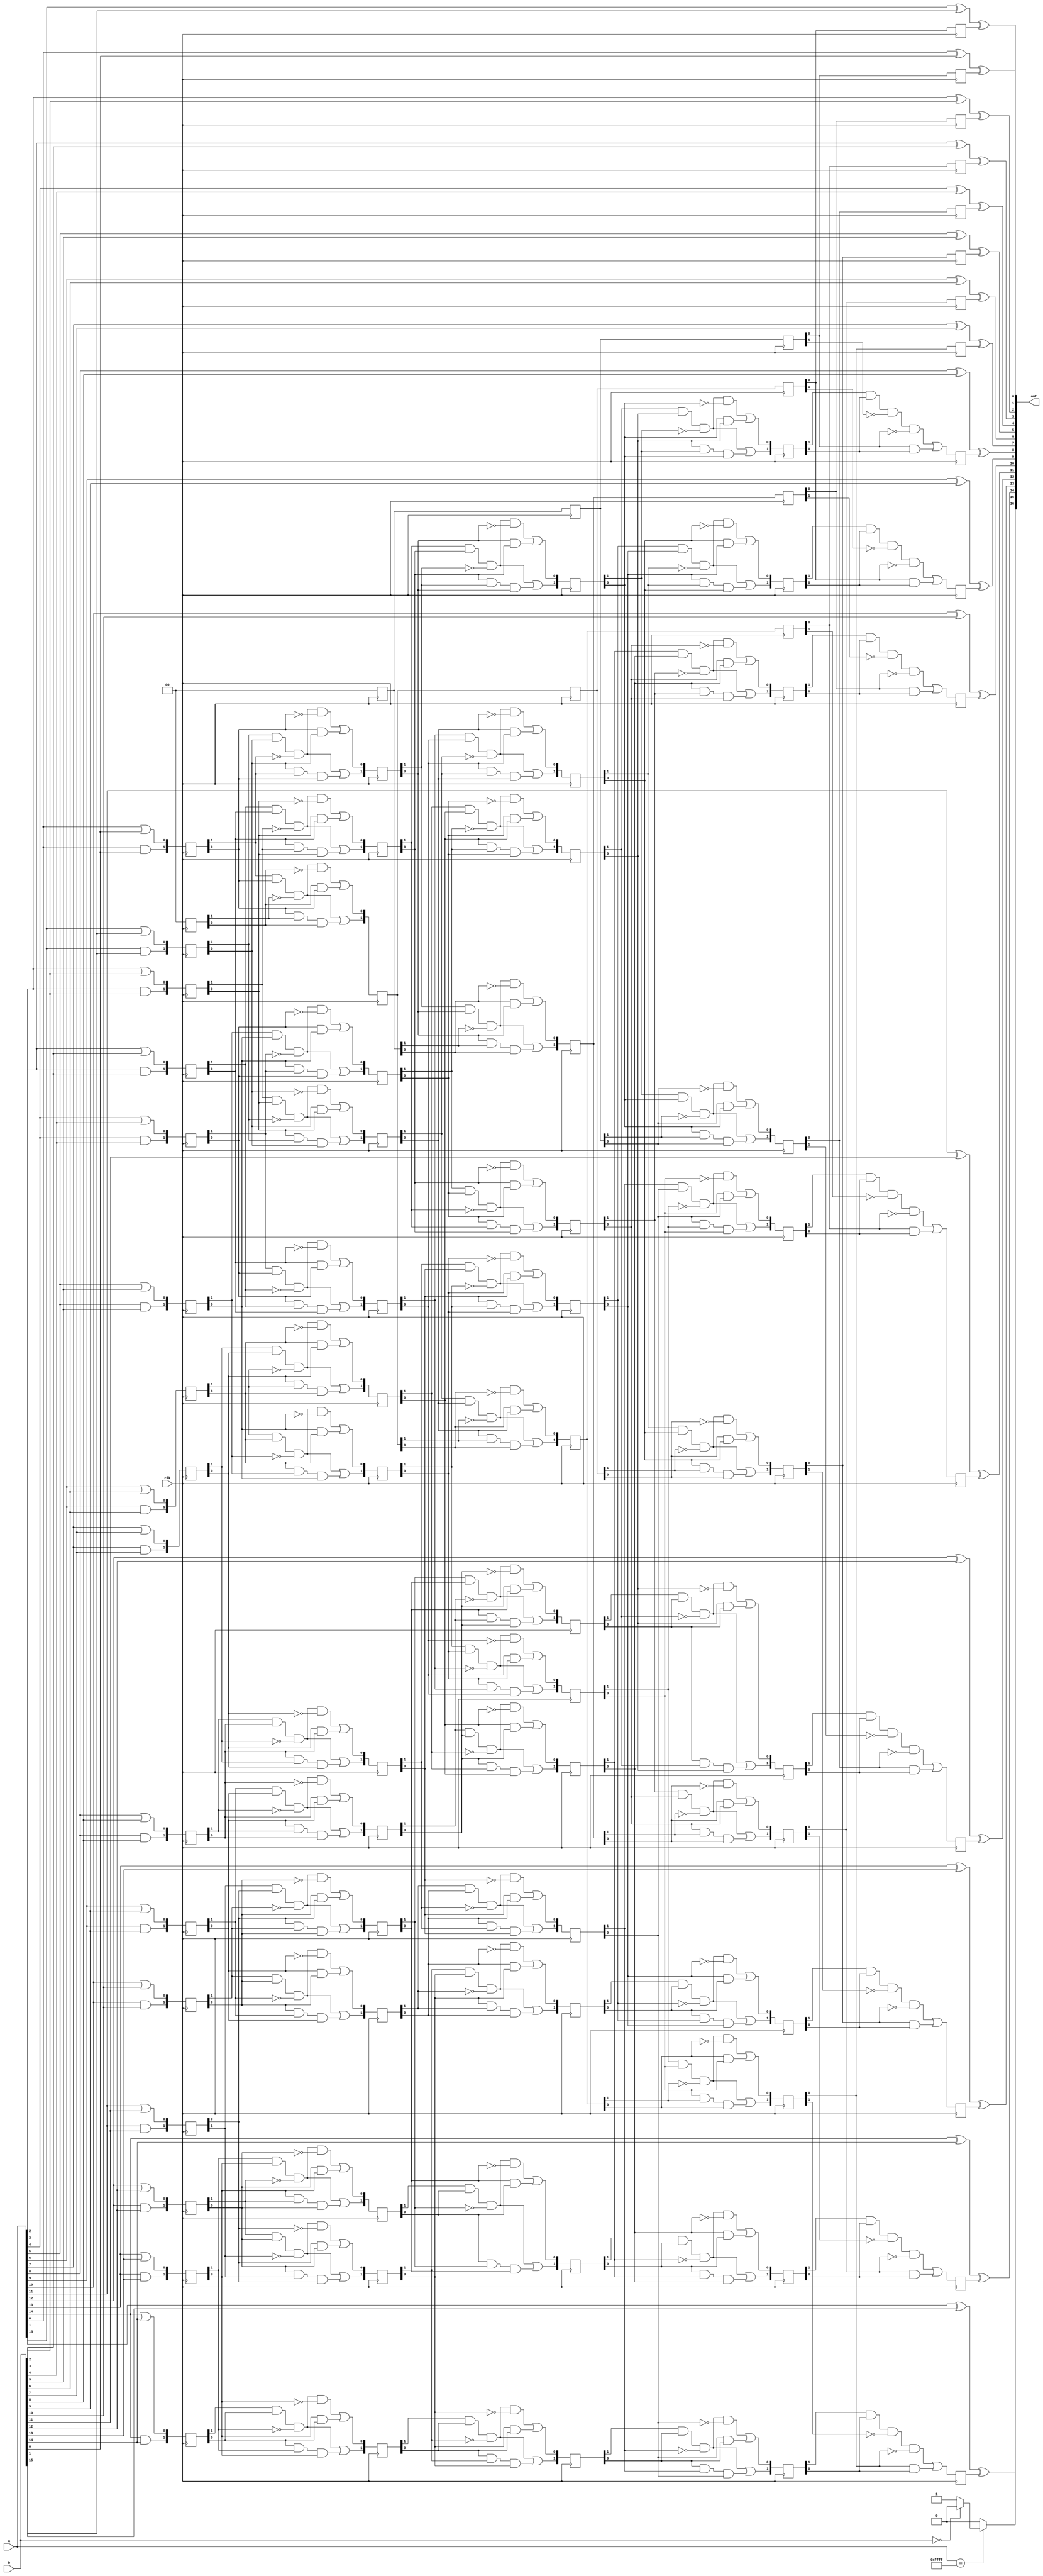
module cla(input [15:0]a, input [15:0]b,output [16:0]out, input clk);
//reg [16:0]out;
wire [16:0]out;
wire [1:0]w[0:16];

reg [1:0] ws[0:16], S1[0:15], S2[0:15], S3[0:15], S4[0:15];
//final carry values
reg [15:0]L5;
genvar q;

generate    for(q=0; q<=15; q=q+1) begin
                  assign { w[q+1][0], w[q+1][1] } = {a[q] || b[q] , a[q] && b[q]};
            end
endgenerate

generate
      for(q=1; q<=16; q=q+1) begin
            always @ ( posedge clk ) begin
                  ws[q] <= w[q];
            end
      end
      always @ ( posedge clk )
            ws[0] <= 1'b0;
/*************** LEVEL1 *****************/
      for(q=0;q<=14;q=q+1) begin
            always @ ( posedge clk ) begin
                  S1[q][1] <= (ws[15-q][1] & ws[15-q][0] & !ws[14-q][1]) | (ws[15-q][0] & ws[14-q][1] & ws[14-q][0]);
                  S1[q][0] <= (ws[15-q][1] & ws[15-q][0] & !ws[14-q][1] & !ws[14-q][0]) | (ws[14-q][0] & ws[15-q][0]);
            end
      end
      always @ ( posedge clk ) begin
            S1[15] <= 1'b0;
            S2[14] <= S1[14];
      end
/*************** LEVEL2 *****************/
      for(q=0;q<=13;q=q+1) begin
            always @ ( posedge clk ) begin
                  S2[q][1] <= (S1[q][1] & S1[q][0] & !S1[q+2][1]) | (S1[q][0] & S1[q+2][1] & S1[q+2][0]);
                  S2[q][0] <= (S1[q][1] & S1[q][0] & !S1[q+2][1] & !S1[q+2][0]) | (S1[q+2][0] & S1[q][0]);
            end
      end
      always @ ( posedge clk )
            S2[15] <= S1[15];
/*************** LEVEL3 *****************/
      for(q=0;q<=11;q=q+1) begin
            always @ ( posedge clk ) begin
                  S3[q][1] <= (S2[q][1] & S2[q][0] & !S2[q+4][1]) | (S2[q][0] & S2[q+4][1] & S2[q+4][0]);
                  S3[q][0] <= (S2[q][1] & S2[q][0] & !S2[q+4][1] & !S2[q+4][0]) | (S2[q+4][0] & S2[q][0]);
            end
      end
      always @ ( posedge clk )
            {S3[12], S3[13], S3[14], S3[15]} <= {S2[12], S2[13], S2[14], S2[15]};
/*************** LEVEL4 *****************/
      for(q=0;q<=7;q=q+1) begin
            always @ ( posedge clk ) begin
                  S4[15-q][1] <= (S3[q][1] & S3[q][0] & !S3[q+8][1]) | (S3[q][0] & S3[q+8][1] & S3[q+8][0]);
                  S4[15-q][0] <= (S3[q][1] & S3[q][0] & !S3[q+8][1] & !S3[q+8][0]) | (S3[q+8][0] & S3[q][0]);
            end
      end
      for(q=8;q<=15;q=q+1) begin
            always @ ( posedge clk )
                  S4[15-q] <= S3[q];
      end
endgenerate

/*************** FINAL XOR-ing *****************/
generate      for(q=0;q<=15;q=q+1) begin
//            always @ ( posedge clk ) begin
                  assign      out[q] = a[q] ^ b[q] ^ S4[q][0];
                  assign out[16] = (a==16'b1111111111111111) ? (b == 16'b0 ? 0 : 1) : 0;
//            end
      end
endgenerate
endmodule